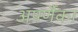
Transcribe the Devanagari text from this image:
अपर्णैका